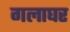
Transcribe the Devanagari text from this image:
गलाघर